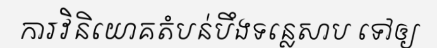
ការវិនិយោគតំបន់បឹងទន្លេសាប ទៅឲ្យ